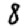
Digit: 8